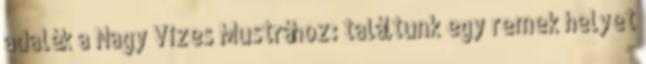
adalék a Nagy Vizes Mustrához: találtunk egy remek helyet